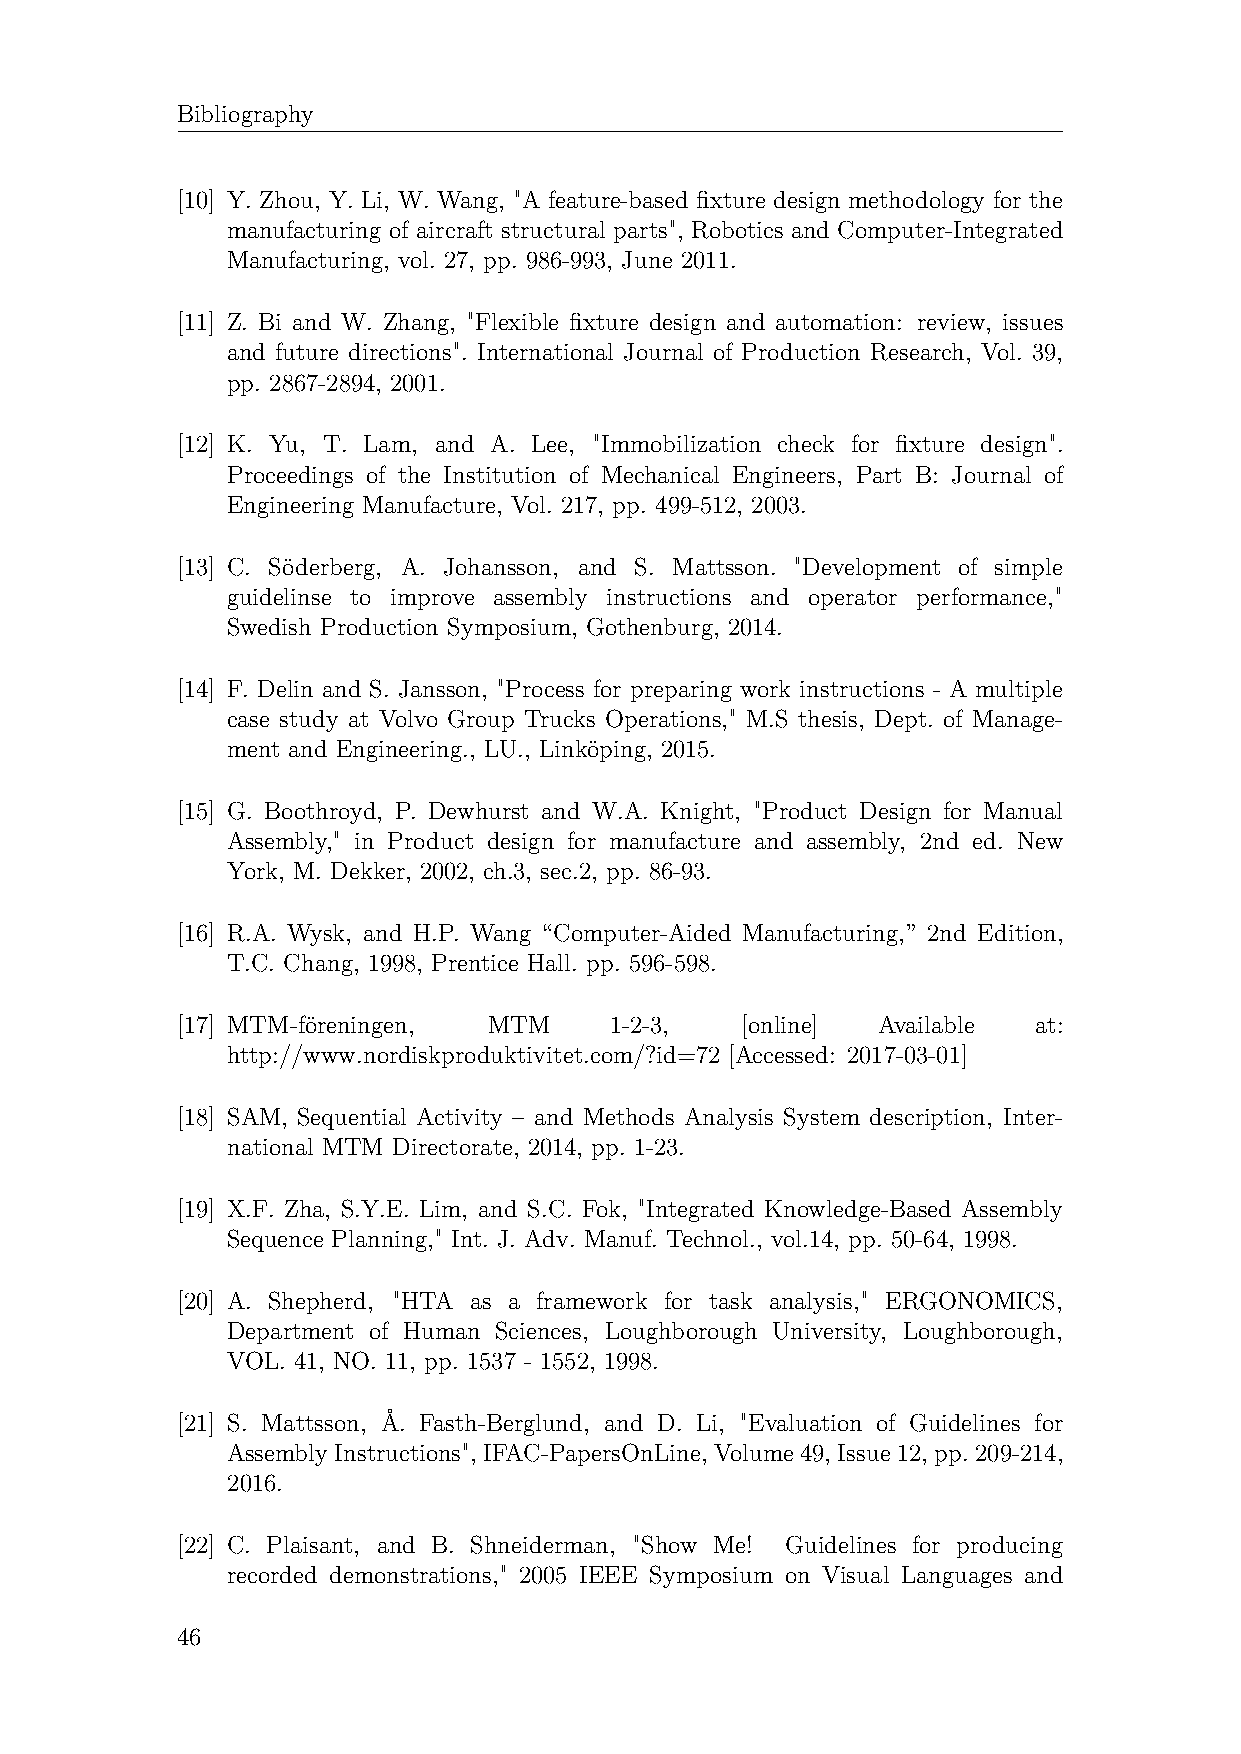
Bibliography
 [10] Y. Zhou, Y. Li, W. Wang, "A feature-based fixture design methodology for the
 manufacturing of aircraft structural parts", Robotics and Computer-Integrated
 Manufacturing, vol. 27, pp. 986-993, June 2011.
 [11] Z. Bi and W. Zhang, "Flexible fixture design and automation: review, issues
 and future directions". International Journal of Production Research, Vol. 39,
 pp. 2867-2894, 2001.
 [12] K. Yu, T. Lam, and A. Lee, "Immobilization check for fixture design".
 Proceedings of the Institution of Mechanical Engineers, Part B: Journal of
 Engineering Manufacture, Vol. 217, pp. 499-512, 2003.
 [13] C. Söderberg, A. Johansson, and S. Mattsson. "Development of simple
 guidelinse to improve assembly instructions and operator performance,"
 Swedish Production Symposium, Gothenburg, 2014.
 [14] F. Delin and S. Jansson, "Process for preparing work instructions - A multiple
 case study at Volvo Group Trucks Operations," M.S thesis, Dept. of Manage-
 ment and Engineering., LU., Linköping, 2015.
 [15] G. Boothroyd, P. Dewhurst and W.A. Knight, "Product Design for Manual
 Assembly," in Product design for manufacture and assembly, 2nd ed. New
 York, M. Dekker, 2002, ch.3, sec.2, pp. 86-93.
 [16] R.A. Wysk, and H.P. Wang “Computer-Aided Manufacturing,” 2nd Edition,
 T.C. Chang, 1998, Prentice Hall. pp. 596-598.
 [17] MTM-föreningen, MTM    1-2-3,   [online] Available at:
 http://www.nordiskproduktivitet.com/?id=72 [Accessed: 2017-03-01]
 [18] SAM, Sequential Activity – and Methods Analysis System description, Inter-
 national MTM Directorate, 2014, pp. 1-23.
 [19] X.F. Zha, S.Y.E. Lim, and S.C. Fok, "Integrated Knowledge-Based Assembly
 Sequence Planning," Int. J. Adv. Manuf. Technol., vol.14, pp. 50-64, 1998.
 [20] A. Shepherd, "HTA as a framework for task analysis," ERGONOMICS,
 Department of Human Sciences, Loughborough University, Loughborough,
 VOL. 41, NO. 11, pp. 1537 - 1552, 1998.
 [21] S. Mattsson, Å. Fasth-Berglund, and D. Li, "Evaluation of Guidelines for
 Assembly Instructions", IFAC-PapersOnLine, Volume 49, Issue 12, pp. 209-214,
 2016.
 [22] C. Plaisant, and B. Shneiderman, "Show Me! Guidelines for producing
 recorded demonstrations," 2005 IEEE Symposium on Visual Languages and
 46